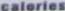
caleries